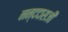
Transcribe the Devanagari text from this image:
नन्ददासजी